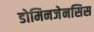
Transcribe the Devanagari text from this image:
डोमिनजेनसिस